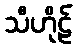
သီဟိုဠ်